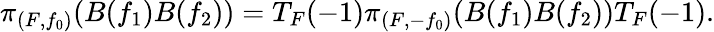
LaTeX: \pi_{(F,f_{0})}(B(f_{1})B(f_{2}))=T_{F}(-1)\pi_{(F,-f_{0})}(B(f_{1})B(f_{2}))T_{F}(-1).